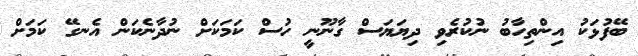
ބޭފުޅަކު އިންތިހާބު ނުކުރެވި ދިޔަޔަސް ގާނޫނީ ހުސް ކަމަކަށް ނުދާނެކަން އެނގޭ ކަމަށް